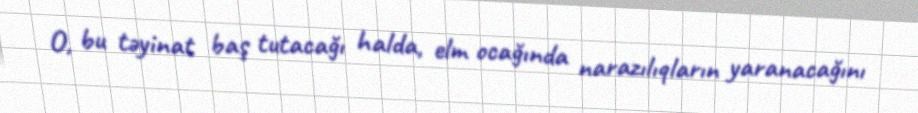
O, bu təyinat baş tutacağı halda, elm ocağında narazılıqların yaranacağını